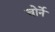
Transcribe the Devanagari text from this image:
चोर्ने